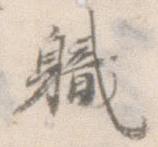
職